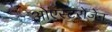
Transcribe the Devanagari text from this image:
ओएस्टरोजेन